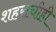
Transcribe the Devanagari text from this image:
शहराचीही